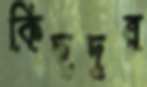
কিছুদূর